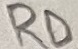
Text: RD